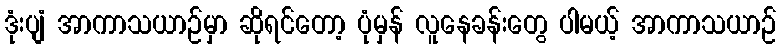
ဒုံးပျံ အာကာသယာဉ်မှာ ဆိုရင်တော့ ပုံမှန် လူနေခန်းတွေ ပါမယ့် အာကာသယာဉ်